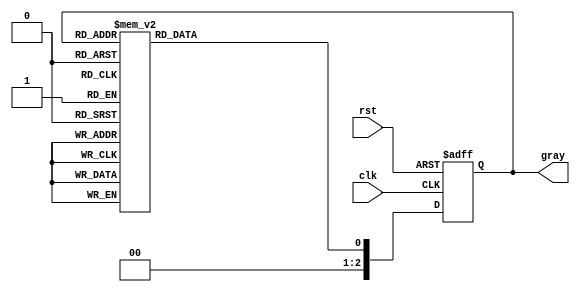
module gray_code_counter (
    input wire clk,         // Clock signal
    input wire rst,         // Asynchronous reset
    output reg [2:0] gray   // 3-bit Gray code output
);

// Combinational logic to determine the next state in Gray Code
always @(*) begin
    case (gray)
        3'b000: gray_next = 3'b001; // 0 -> 1
        3'b001: gray_next = 3'b011; // 1 -> 3
        3'b011: gray_next = 3'b010; // 3 -> 2
        3'b010: gray_next = 3'b110; // 2 -> 6
        3'b110: gray_next = 3'b111; // 6 -> 7
        3'b111: gray_next = 3'b101; // 7 -> 5
        3'b101: gray_next = 3'b100; // 5 -> 4
        3'b100: gray_next = 3'b000; // 4 -> 0
        default: gray_next = 3'b000; // Default case
    endcase
end

// Asynchronous reset and clocked behavior
always @(posedge clk or posedge rst) begin
    if (rst) begin
        gray <= 3'b000; // Reset to Gray code 000
    end else begin
        gray <= gray_next; // Update the state to the next state
    end
end

endmodule